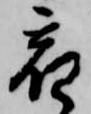
宿